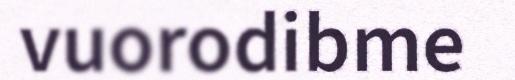
vuorodibme